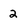
Character: 2